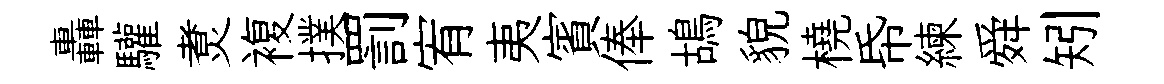
轟驩煑複撲罰宥夷賓俸鴣貌橈帋練舜矧